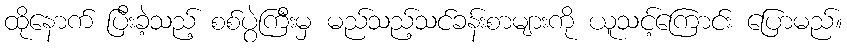
ထိုနောက် ပြီးခဲ့သည့် စစ်ပွဲကြီးမှ မည်သည့်သင်ခန်းစာများကို ယူသင့်ကြောင်း ပြောမည်။